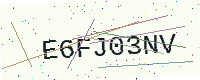
Text: E6FJ03NV